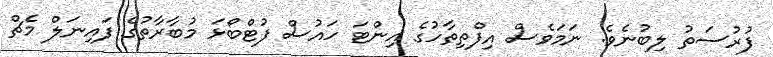
ފުރުސަތު ލިބުނެވެ. ނަމަވެސް އިފްތިތާހުގެ އިންޓަ ހައުސް ފުޓްބޯޅަ މުބާރާތުގެ ފައިނަލް މެޗް